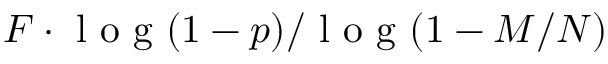
F \cdot \mathrm { ~ l ~ o ~ g ~ } ( 1 - p ) / \mathrm { ~ l ~ o ~ g ~ } ( 1 - M / N )